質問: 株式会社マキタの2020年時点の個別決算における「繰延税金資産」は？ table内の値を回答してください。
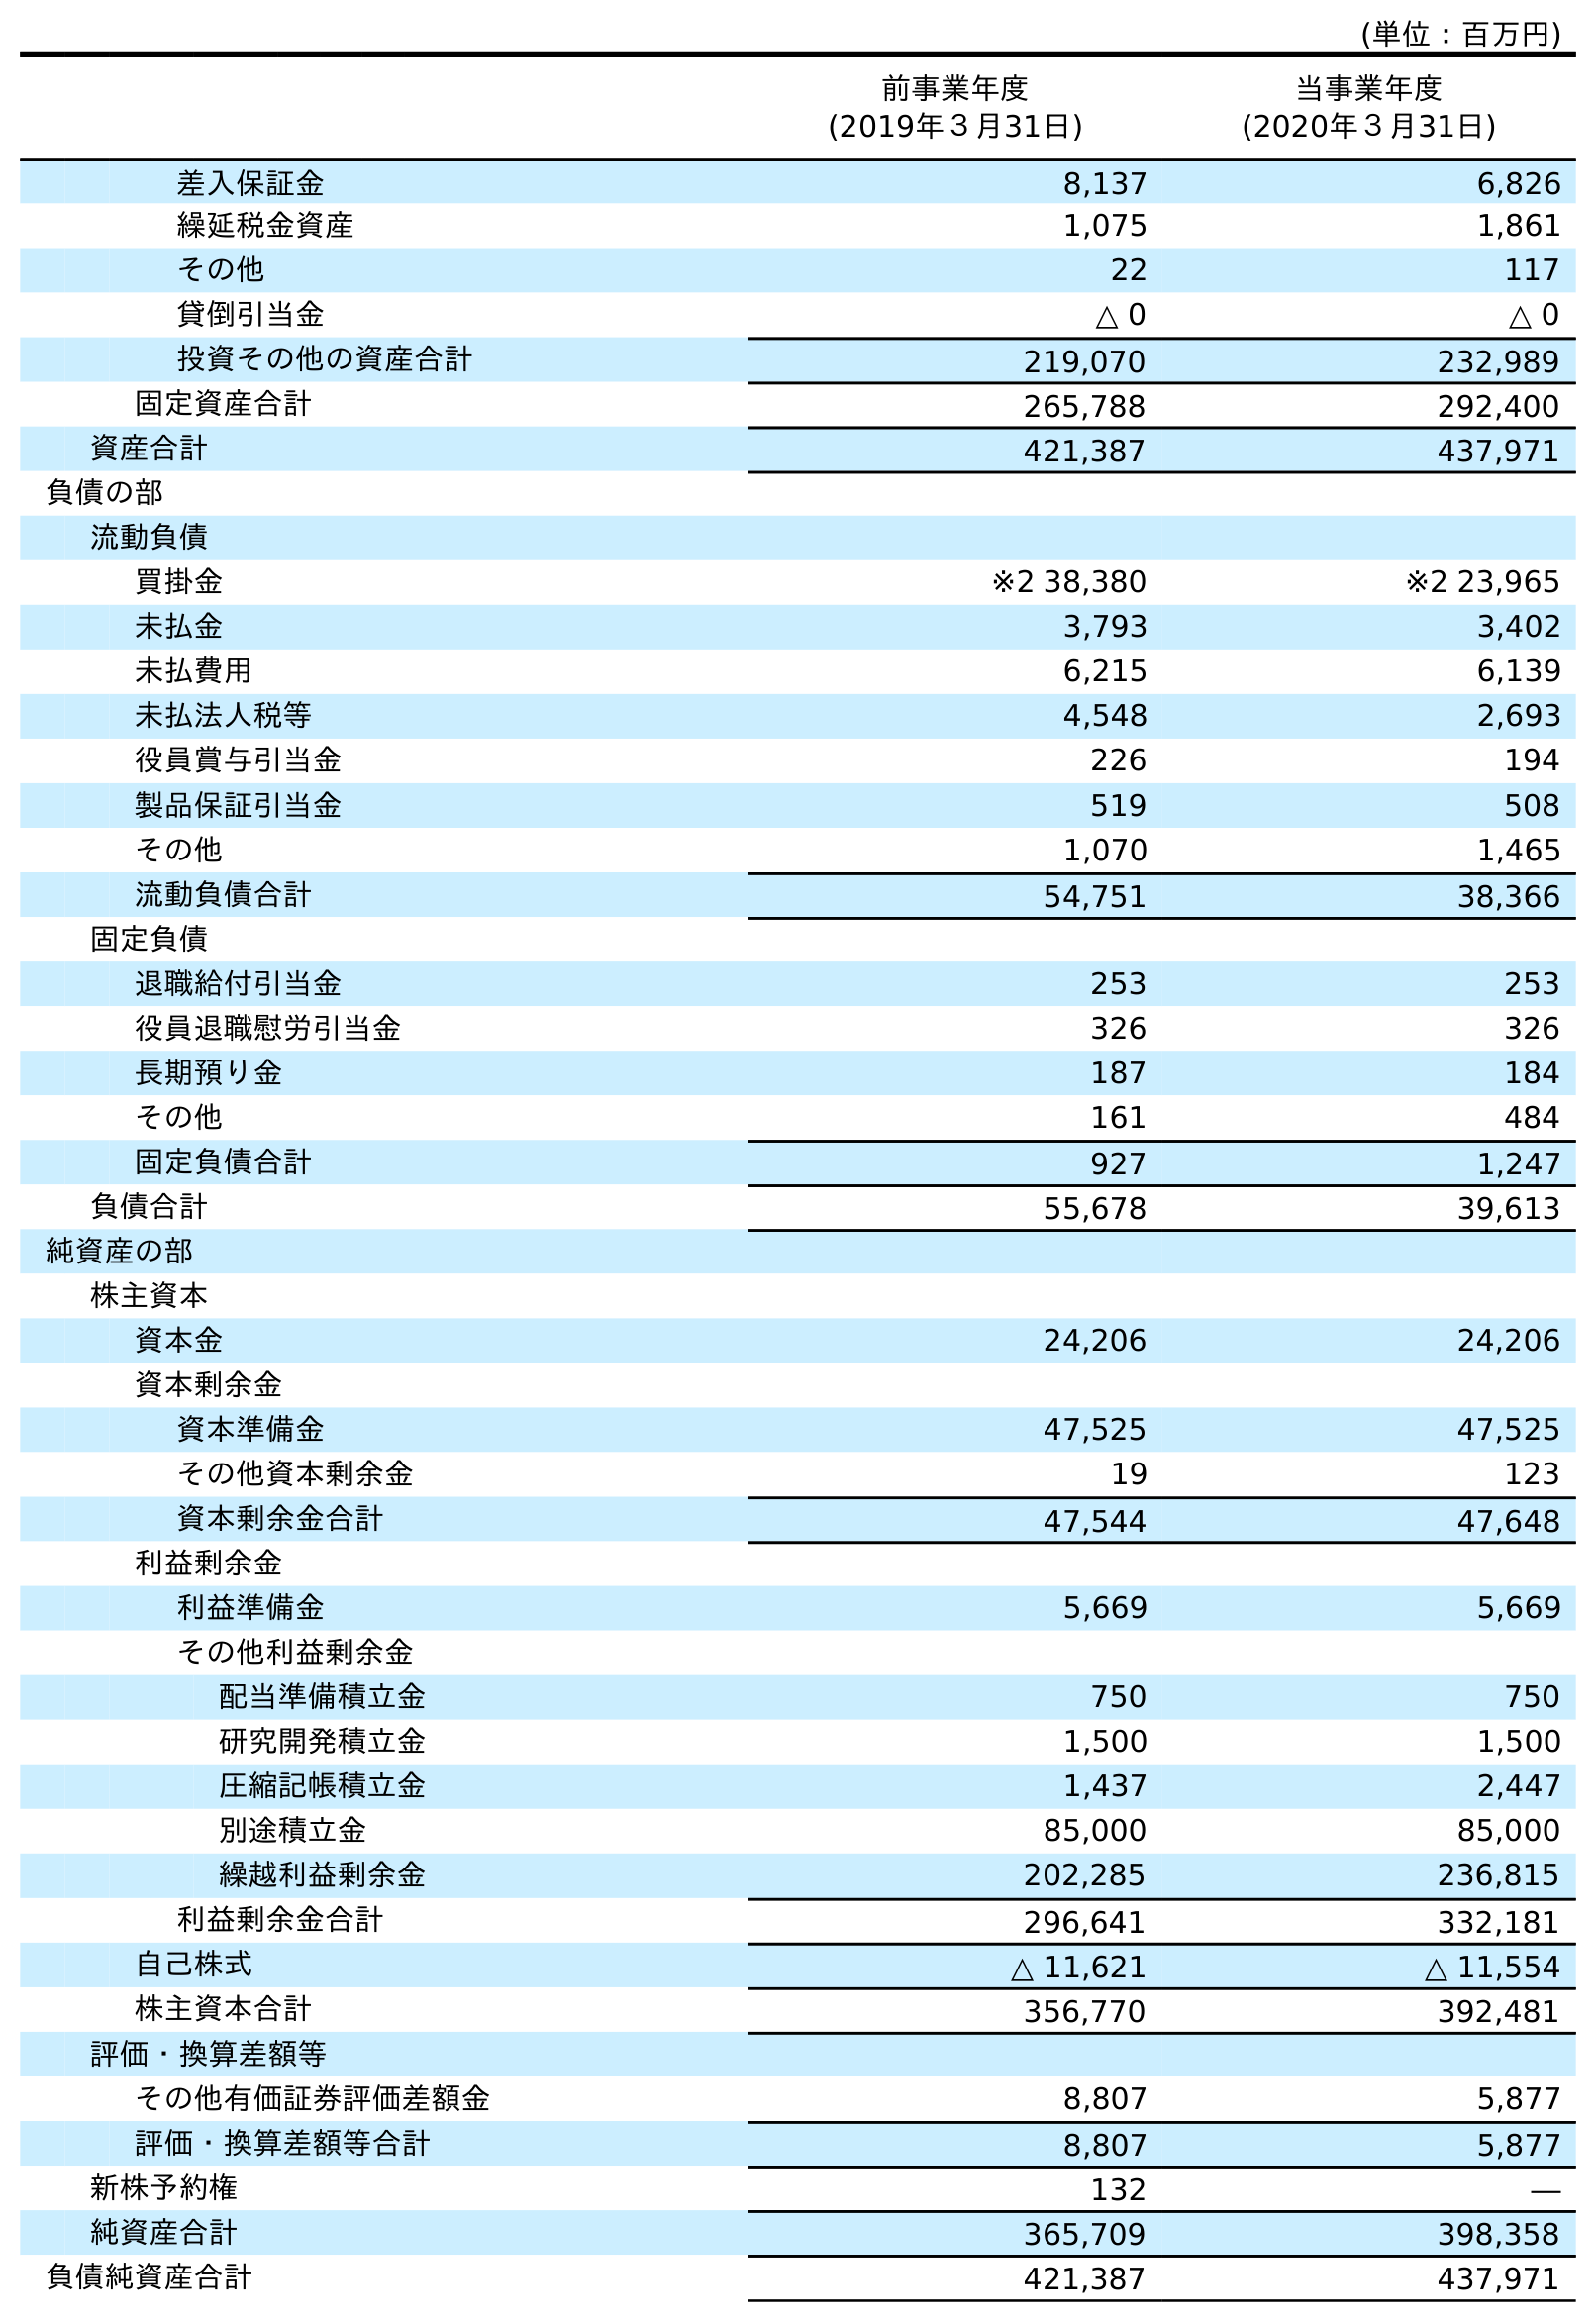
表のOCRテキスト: (単位：百万円) 前事業年度 (2019年３月31日) 当事業年度 (2020年３月31日) 差入保証金 8,137 6,826 繰延税金資産 1,075 1,861 その他 22 117 貸倒引当金 △ 0 △ 0 投資その他の資産合計 219,070 232,989 固定資産合計 265,788 292,400 資産合計 421,387 437,971 負債の部 流動負債 買掛金 ※2 38,380 ※2 23,965 未払金 3,793 3,402 未払費用 6,215 6,139 未払法人税等 4,548 2,693 役員賞与引当金 226 194 製品保証引当金 519 508 その他 1,070 1,465 流動負債合計 54,751 38,366 固定負債 退職給付引当金 253 253 役員退職慰労引当金 326 326 長期預り金 187 184 その他 161 484 固定負債合計 927 1,247 負債合計 55,678 39,613 純資産の部 株主資本 資本金 24,206 24,206 資本剰余金 資本準備金 47,525 47,525 その他資本剰余金 19 123 資本剰余金合計 47,544 47,648 利益剰余金 利益準備金 5,669 5,669 その他利益剰余金 配当準備積立金 750 750 研究開発積立金 1,500 1,500 圧縮記帳積立金 1,437 2,447 別途積立金 85,000 85,000 繰越利益剰余金 202,285 236,815 利益剰余金合計 296,641 332,181 自己株式 △ 11,621 △ 11,554 株主資本合計 356,770 392,481 評価・換算差額等 その他有価証券評価差額金 8,807 5,877 評価・換算差額等合計 8,807 5,877 新株予約権 132 ― 純資産合計 365,709 398,358 負債純資産合計 421,387 437,971
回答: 1,861